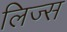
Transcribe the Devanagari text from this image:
लिज्स